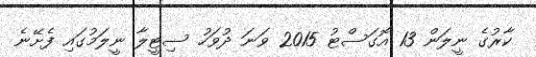
ކާރުގެ ނީލަން 13 އޮގަސްޓު 2015 ވަނަ ދުވަހު ސިޓީލާ ނީލަމުގައި ފެށޭނެ